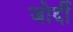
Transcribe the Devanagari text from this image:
जोर्दी